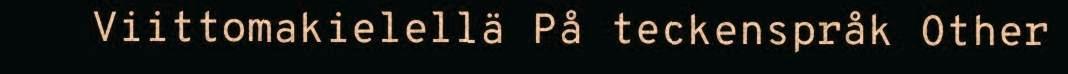
Viittomakielellä På teckenspråk Other